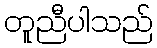
တူညီပါသည်